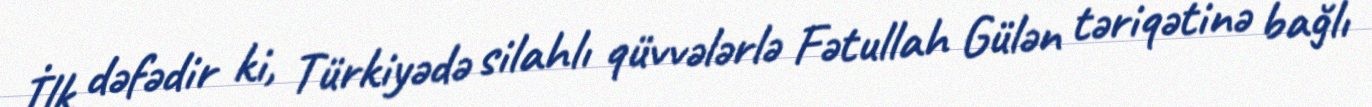
İlk dəfədir ki, Türkiyədə silahlı qüvvələrlə Fətullah Gülən təriqətinə bağlı